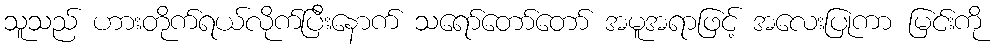
သူသည် ဟားတိုက်ရယ်လိုက်ပြီးနောက် သရော်တော်တော် အမူအရာဖြင့် အလေးပြုကာ မြင်းကို